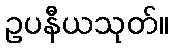
ဥပနီယသုတ်။